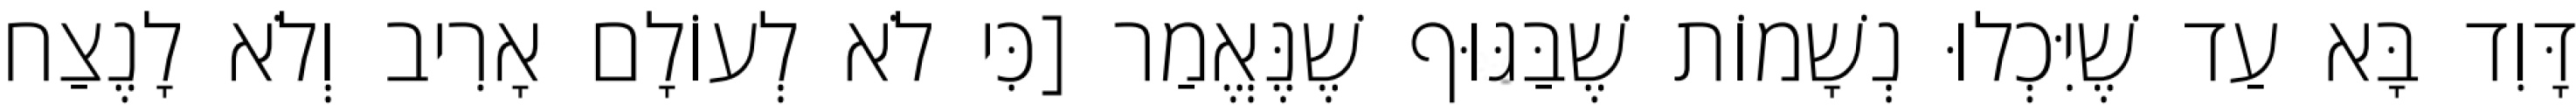
דָּוִד בָּא עַד שֶׁיִּכְלוּ נְשָׁמוֹת שֶׁבַּגּוּף שֶׁנֶּאֱמַר [כִּי לֹא לְעוֹלָם אָרִיב וְלֹא לָנֶצַח